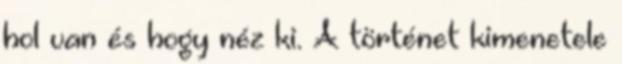
hol van és hogy néz ki. A történet kimenetele